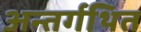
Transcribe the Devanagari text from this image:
अन्तर्गथित